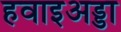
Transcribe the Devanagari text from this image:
हवाइअड्डा